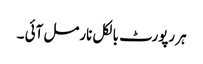
ہر رپورٹ بالکل نارمل آئی ۔